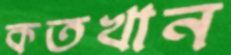
কতখান